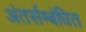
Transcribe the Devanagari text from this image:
अंतर्सम्बंधित